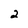
Character: 2